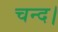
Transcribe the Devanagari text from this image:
चन्‍द।